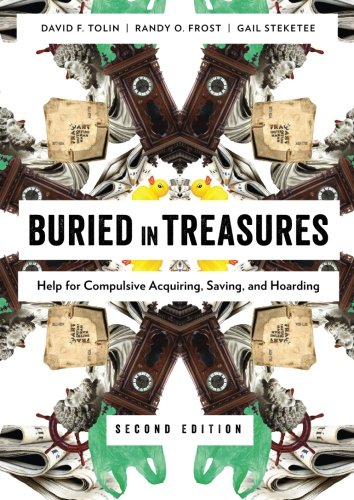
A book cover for Buried in Treasures: Help for Compulsive Acquiring, Saving, and Hoarding (Treatments That Work); David Tolin; Medical Books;